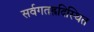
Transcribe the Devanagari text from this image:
सर्वगतह्रदिस्थित